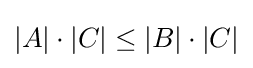
|A|\cdot |C|\leq |B|\cdot |C|